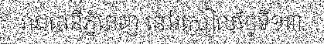
រាជធានីភ្នំពេញ នៅរសៀលថ្ងៃទី១៣